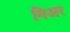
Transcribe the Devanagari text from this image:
मिअर